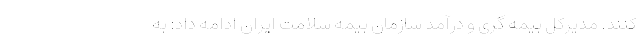
کنند. مدیرکل بیمه گری و درآمد سازمان بیمه سلامت ایران ادامه داد: به